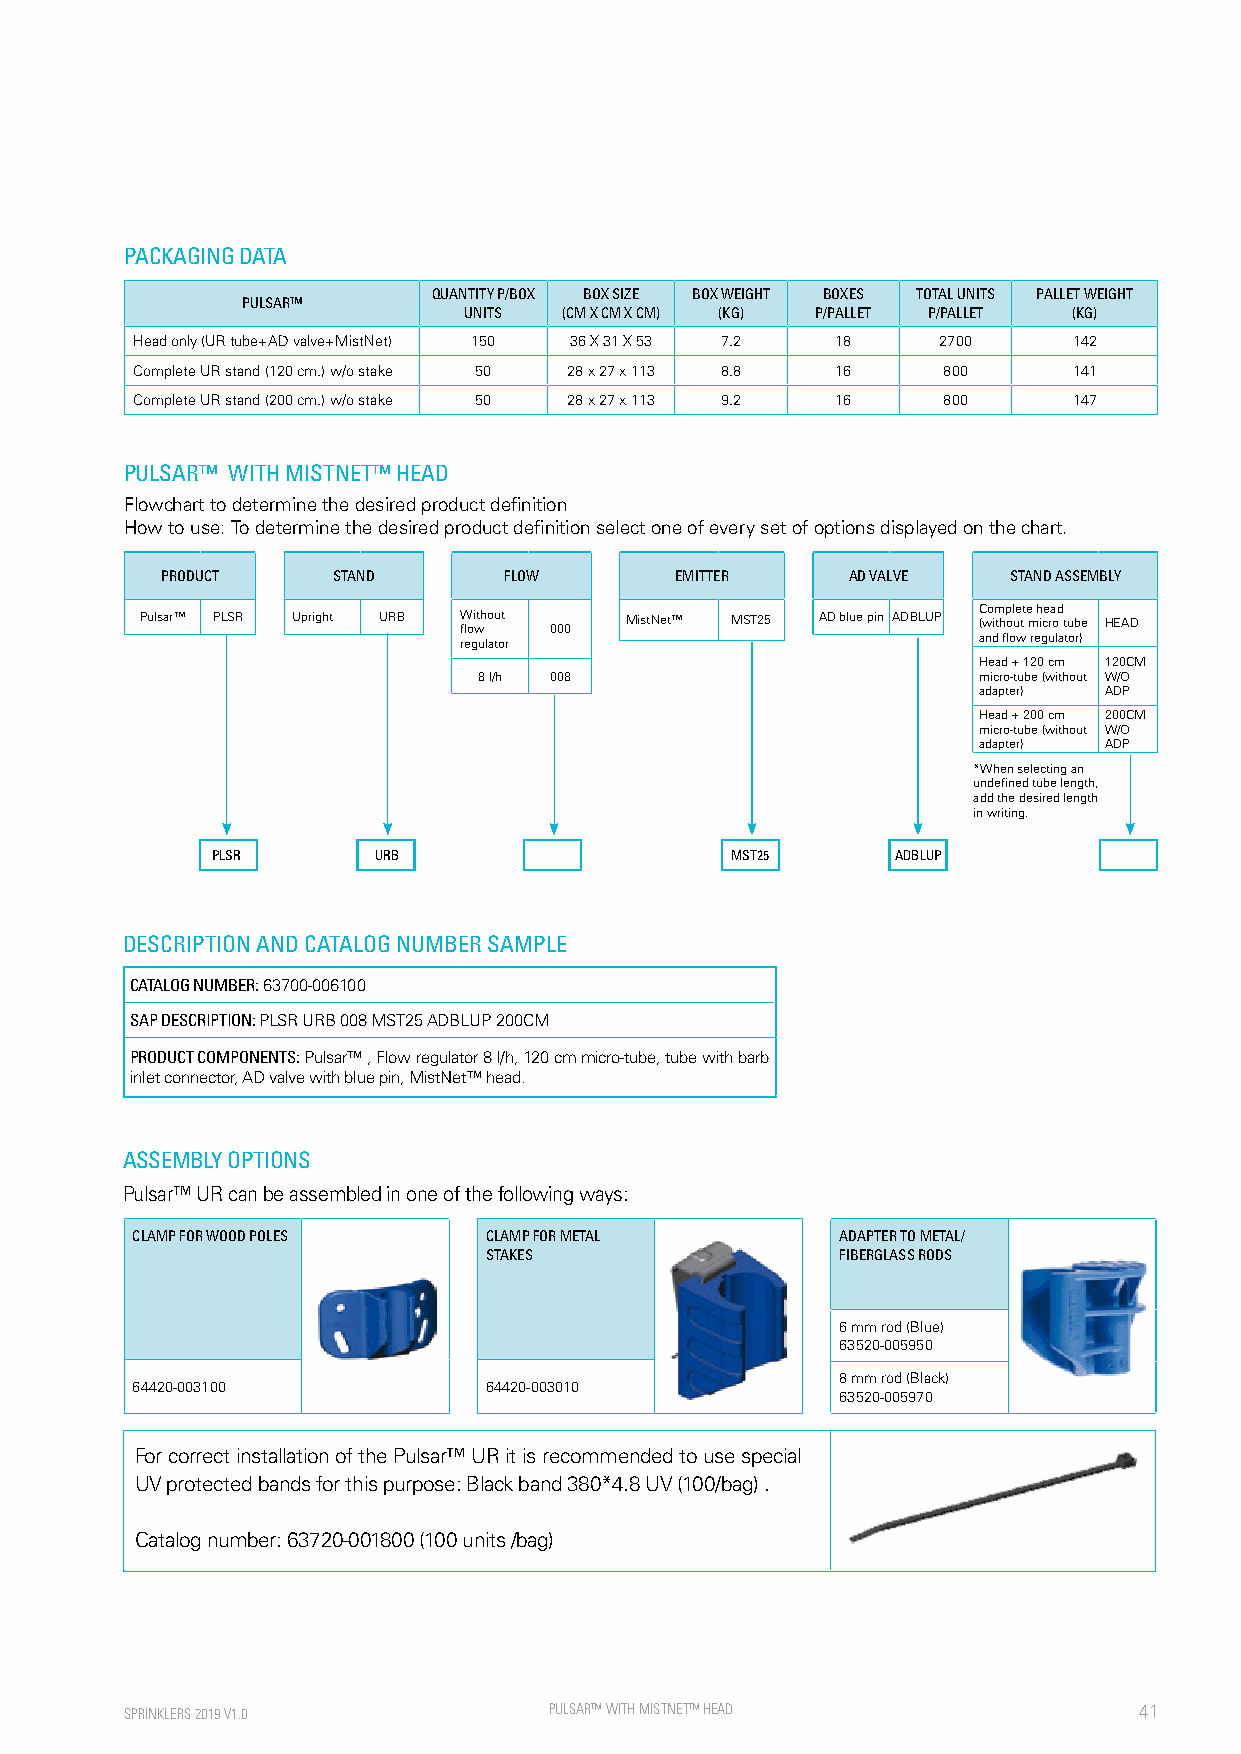
PACKAGING DATA
 QUANTITY P/BOX BOX SIZE BOX WEIGHT BOXES TOTAL UNITS PALLET WEIGHT
 PULSAR™
 UNITS (CM X CM X CM) (KG) P/PALLET P/PALLET (KG)
 Head only (UR tube+AD valve+MistNet) 150 36 X 31 X 53 7.2 18 2700 142
 Complete UR stand (120 cm.) w/o stake 50 28 x 27 x 113 8.8 16 800 141
 Complete UR stand (200 cm.) w/o stake 50 28 x 27 x 113 9.2 16 800 147
 PULSAR™ WITH MISTNET™ HEAD
 Flowchart to determine the desired product definition
 How to use: To determine the desired product definition select one of every set of options displayed on the chart.
 PRODUCT    STAND      FLOW        EMITTER    AD VALVE   STAND ASSEMBLY
 Pulsar™ PLSR Upright URB W floi wth out 000 MistNet™ MST25 AD blue pin ADBLUP C (wo im thp ol ue tt e m h ice ra od t ube HEAD
 regulator                          and flow regulator)
 Head + 120 cm 120CM
 8 l/h 008                        micro-tube (without W/O
 adapter) ADP
 Head + 200 cm 200CM
 micro-tube (without W/O
 adapter) ADP
 *When selecting an
 undefined tube length,
 add the desired length
 in writing.
 PLSR       URB                    MST25      ADBLUP
 DESCRIPTION AND CATALOG NUMBER SAMPLE
 CATALOG NUMBER: 63700-006100
 SAP DESCRIPTION: PLSR URB 008 MST25 ADBLUP 200CM
 PRODUCT COMPONENTS: Pulsar™ , Flow regulator 8 l/h, 120 cm micro-tube, tube with barb
 inlet connector, AD valve with blue pin, MistNet™ head.
 ASSEMBLY OPTIONS
 Pulsar™ UR can be assembled in one of the following ways:
 CLAMP FOR WOOD POLES   CLAMP FOR METAL         ADAPTER TO METAL/
 STAKES                  FIBERGLASS RODS
 6 mm rod (Blue)
 63520-005950
 8 mm rod (Black)
 64420-003100           64420-003010
 63520-005970
 For correct installation of the Pulsar™ UR it is recommended to use special
 UV protected bands for this purpose: Black band 380*4.8 UV (100/bag) .
 Catalog number: 63720-001800 (100 units /bag)
 SPRINKLERS 2019 V1.0        PULSAR™ WITH M ISTNET™ HEAD            41